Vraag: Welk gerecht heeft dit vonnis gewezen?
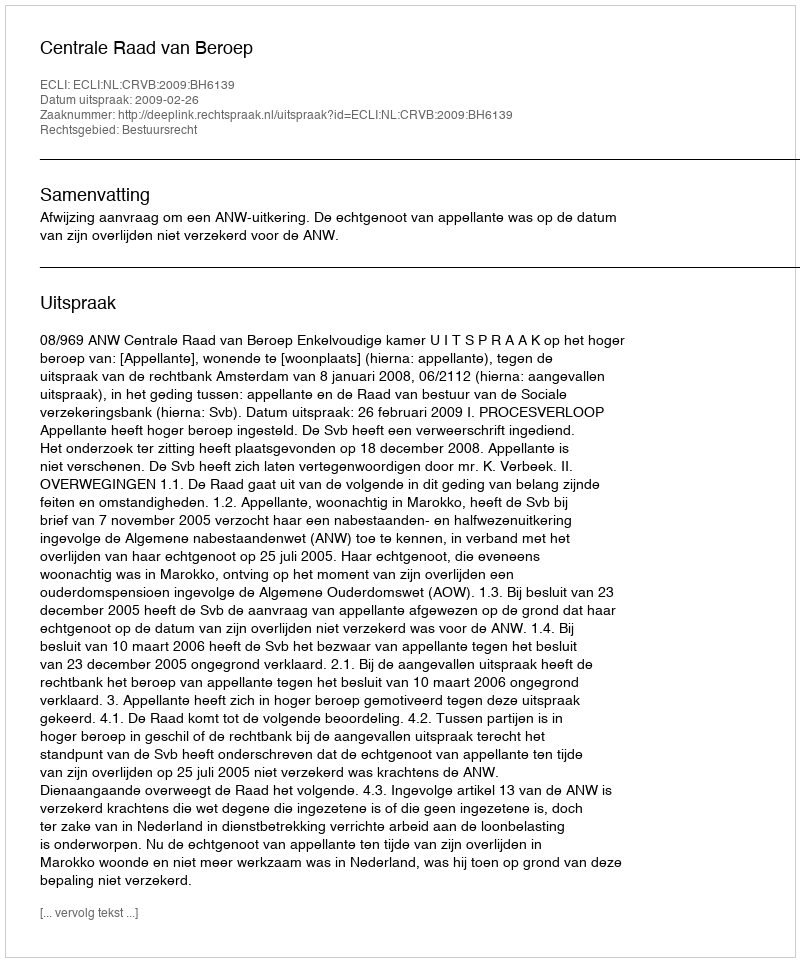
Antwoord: Centrale Raad van Beroep